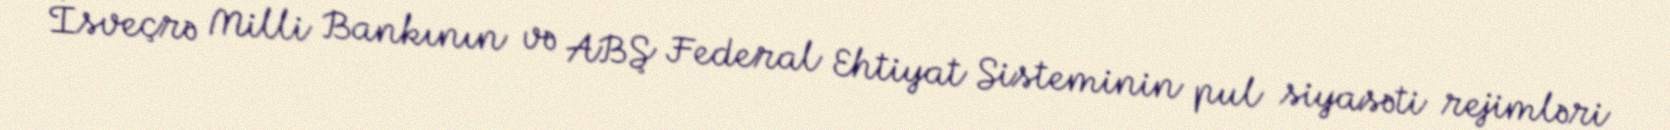
İsveçrə Milli Bankının və ABŞ Federal Ehtiyat Sisteminin pul siyasəti rejimləri